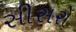
સીસરો